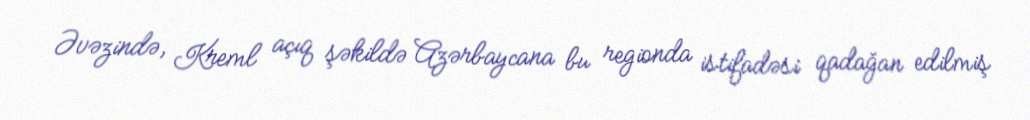
Əvəzində, Kreml açıq şəkildə Azərbaycana bu regionda istifadəsi qadağan edilmiş